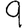
Digit: 9